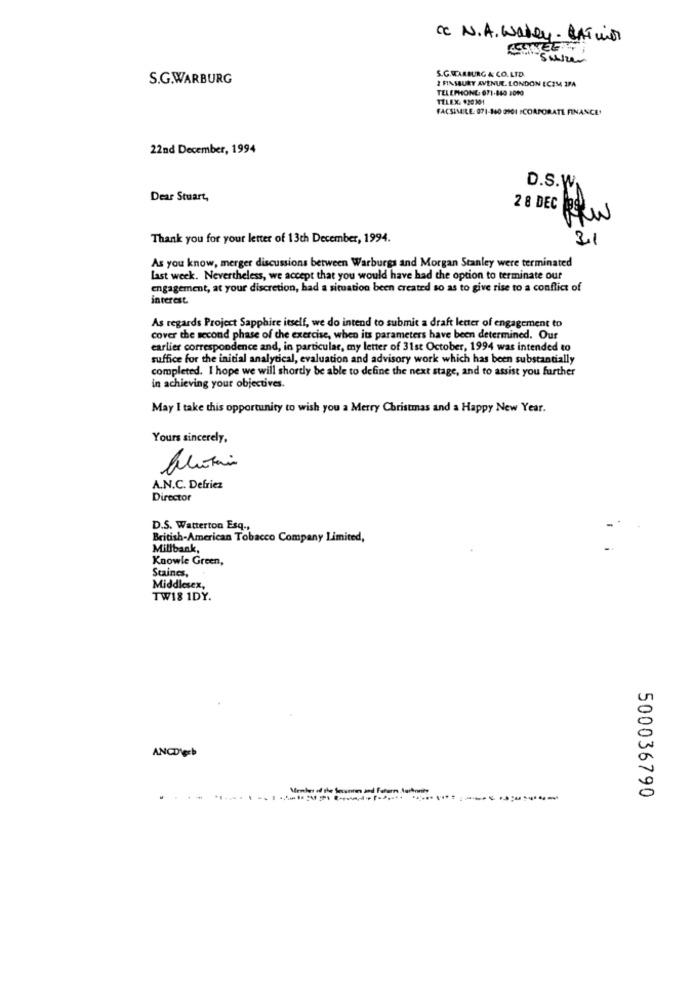
cc N.A. Waley- CAT un
S.G.WARBURG & CO.LTD.
S.G.WARBURG
2 FINSBURY AVENUE. LONDON ECZM4 3FA
TELEPHONE: 071-840 3090
TELEX 920101
FACSIMILE. 071-140 0901 :CORPORATE FINANCE'
22nd December, 1994
D.S.W.
Dear Stuart,
2 8 DEC
Thank you for your letter of 13th December, 1994.
31
As you know, merger discussions between Warburgs and Morgan Stanley were terminated
Last week. Nevertheless, we accept that you would have had the option to terminate our
engagement, at your discretion, bad a situation been created so as to give rise to a conflict of
interest
As regards Project Sapphire itself, we do intend to submit a draft letter of engagement to
cover the second phase of the exercise, when its parameters have been determined. Our
earlier correspondence and, in particular, my letter of 31st October, 1994 was intended to
suffice for the initial analytical, evaluation and advisory work which has been substantially
completed. I hope we will shortly be able to define the next stage, and to assist you further
in achieving your objectives.
May I take this opportunity to wish you a Merry Christmas and a Happy New Year.
Yours sincerely,
A.N.C. Defriez
Director
D.S. Watterton Esq .,
British-American Tobacco Company Limited,
Millbank,
Knowle Green,
Staines,
Middlesex,
TW18 1DY.
un
0
ANCDIgeb
500036790